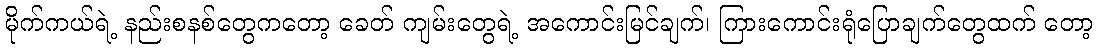
မိုက်ကယ်ရဲ့ နည်းစနစ်တွေကတော့ ခေတ် ကျမ်းတွေရဲ့ အကောင်းမြင်ချက်၊ ကြားကောင်းရုံပြောချက်တွေထက် တော့